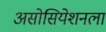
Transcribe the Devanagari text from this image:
असोसियेशनला